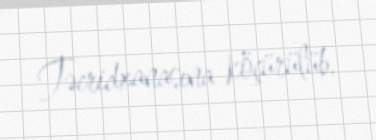
Təcridxanasına köçürülüb.